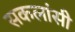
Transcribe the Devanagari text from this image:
सकलांसी